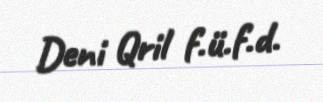
Deni Qril f.ü.f.d.